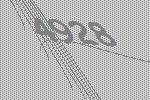
4928